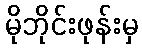
မိုဘိုင်းဖုန်းမှ